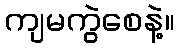
ကျမကွဲစေနဲ့။